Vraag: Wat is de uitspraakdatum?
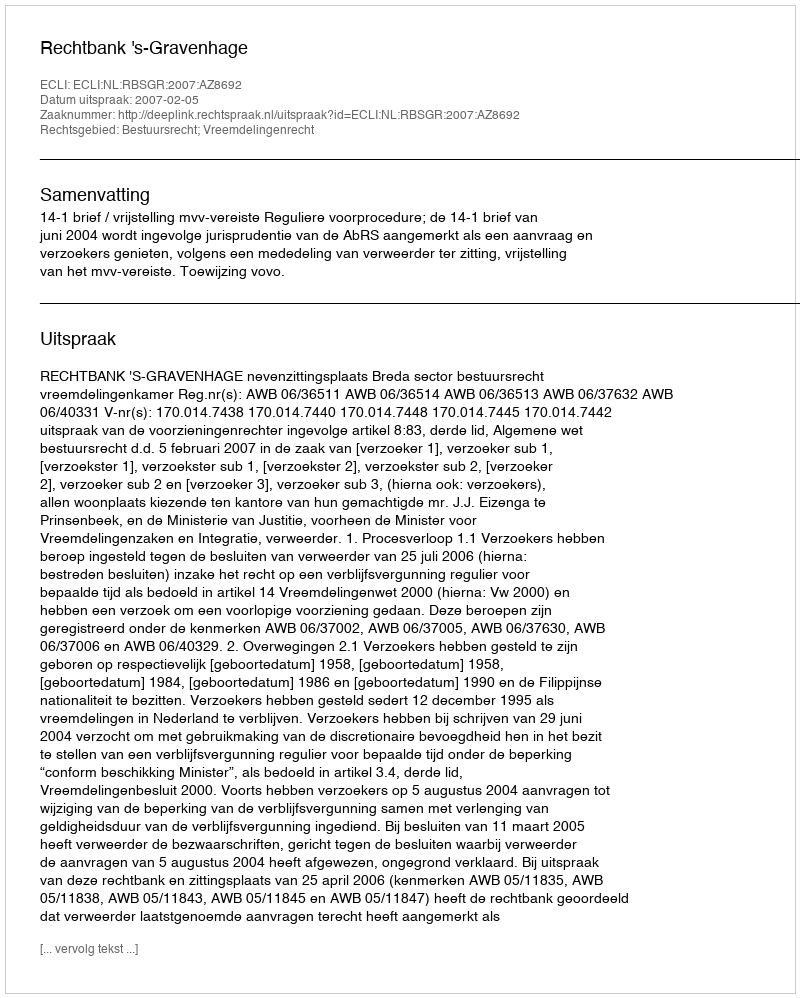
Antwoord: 2007-02-05